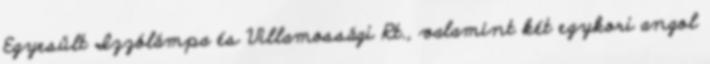
Egyesült Izzólámpa és Villamossági Rt., valamint két egykori angol